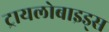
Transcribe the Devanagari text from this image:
ट्रायलोबाइड्स